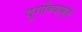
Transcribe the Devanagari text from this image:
दुर्गांच्यामुळे